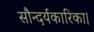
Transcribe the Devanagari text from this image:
सौन्दर्यकारिका।